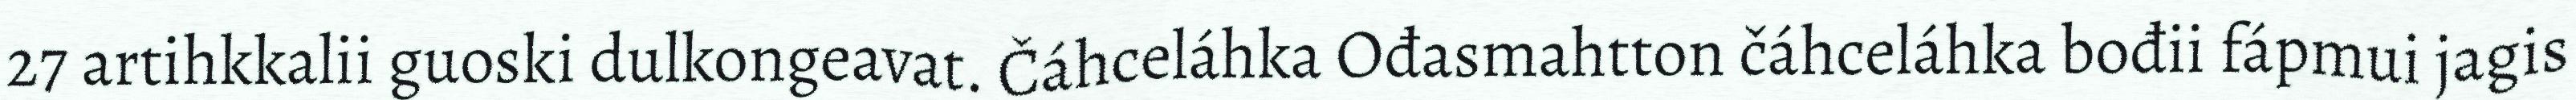
27 artihkkalii guoski dulkongeavat. Čáhceláhka Ođasmahtton čáhceláhka bođii fápmui jagis